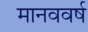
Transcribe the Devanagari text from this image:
मानववर्ष